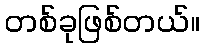
တစ်ခုဖြစ်တယ်။